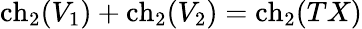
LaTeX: \mathrm{ch}_{2}(V_{1})+\mathrm{ch}_{2}(V_{2})=\mathrm{ch}_{2}(TX)